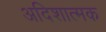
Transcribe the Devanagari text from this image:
अदिशात्मक